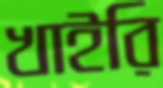
খাইরি